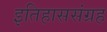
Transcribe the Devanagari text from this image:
इतिहाससंग्रह